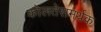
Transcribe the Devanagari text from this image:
कोलतेसमर्थक